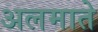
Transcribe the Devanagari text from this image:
अलमाते